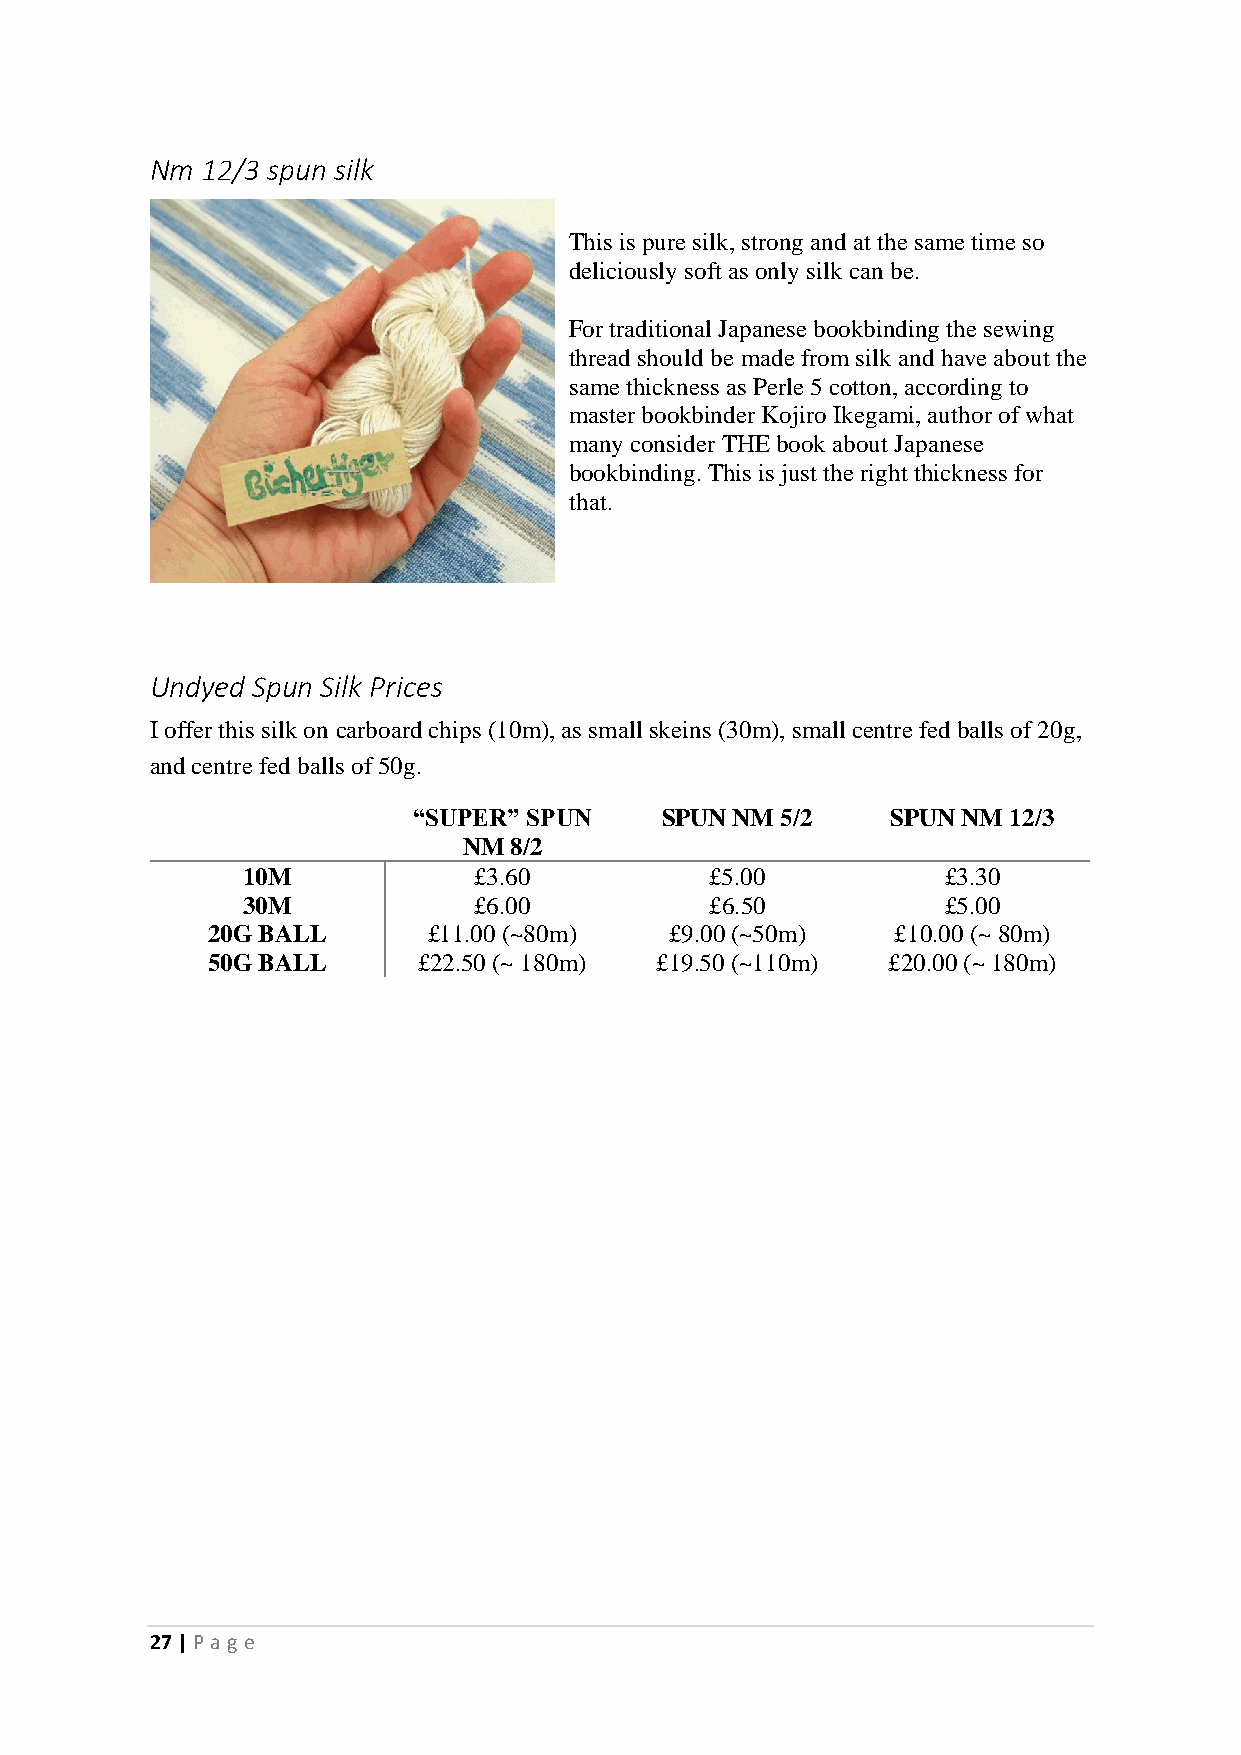
Nm 12/3 spun silk
 This is pure silk, strong and at the same time so
 deliciously soft as only silk can be.
 For traditional Japanese bookbinding the sewing
 thread should be made from silk and have about the
 same thickness as Perle 5 cotton, according to
 master bookbinder Kojiro Ikegami, author of what
 many consider THE book about Japanese
 bookbinding. This is just the right thickness for
 that.
 Undyed Spun Silk Prices
 I offer this silk on carboard chips (10m), as small skeins (30m), small centre fed balls of 20g,
 and centre fed balls of 50g.
 “SUPER” SPUN     SPUN NM 5/2    SPUN NM 12/3
 NM 8/2
 10M            £3.60           £5.00          £3.30
 30M            £6.00           £6.50          £5.00
 20G BALL      £11.00 (~80m)   £9.00 (~50m)   £10.00 (~ 80m)
 50G BALL      £22.50 (~ 180m) £19.50 (~110m) £20.00 (~ 180m)
 27 | P age